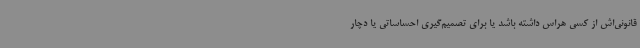
قانونی‌اش از کسی هراس داشته باشد یا برای تصمیم‌گیری احساساتی یا دچار